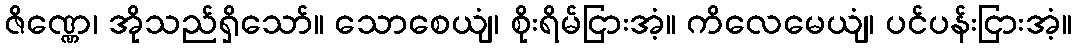
ဇိဏ္ဏေ၊ အိုသည်ရှိသော်။ သောစေယျံ၊ စိုးရိမ်ငြားအံ့။ ကိလေမေယျံ၊ ပင်ပန်းငြားအံ့။